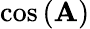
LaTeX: \cos\left(\mathbf{A}\right)